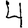
Digit: 4